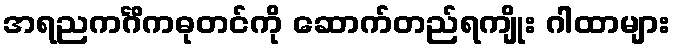
အရညကင်္ဂိကဓုတင်ကို ဆောက်တည်ရကျိုး ဂါထာများ